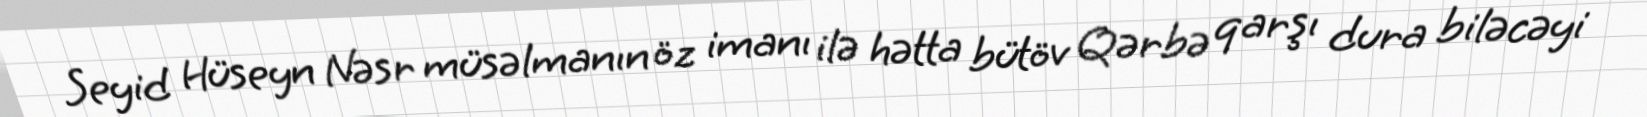
Seyid Hüseyn Nəsr müsəlmanın öz imanı ilə hətta bütöv Qərbə qarşı dura biləcəyi